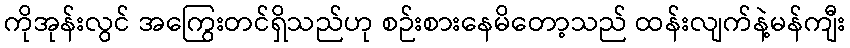
ကိုအုန်းလွင် အကြွေးတင်ရှိသည်ဟု စဉ်းစားနေမိတော့သည် ထန်းလျက်နဲ့မန်ကျီး